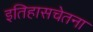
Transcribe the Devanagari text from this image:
इतिहासचेतना